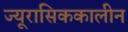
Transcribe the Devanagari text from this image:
ज्यूरासिककालीन